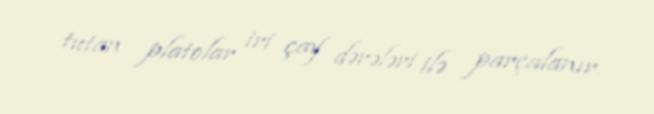
tutan platolar iri çay dərələri ilə parçalanır.